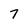
Character: 7